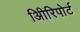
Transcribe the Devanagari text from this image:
अिीरिपोर्ट